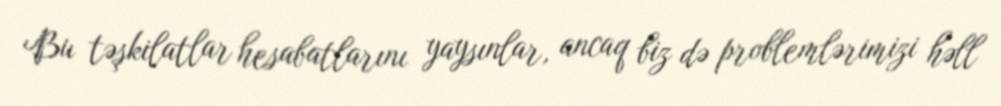
Bu təşkilatlar hesabatlarını yaysınlar, ancaq biz də problemlərimizi həll